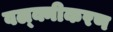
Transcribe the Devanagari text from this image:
वल्क्नीकरण